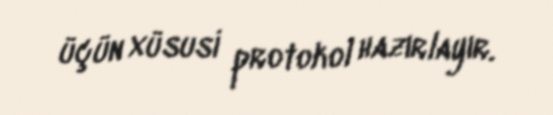
üçün xüsusi protokol hazırlayır.